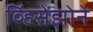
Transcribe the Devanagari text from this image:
व्हिंसेंझोने